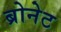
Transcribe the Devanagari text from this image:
ब्रोनेट